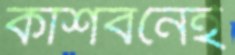
কাশবনেই